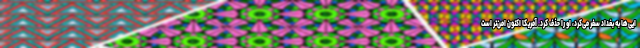
ایی‌ها به بغداد سفر می‌کرد، او را حذف کرد. آمریکا اکنون امن‌تر است